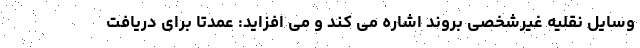
وسایل نقلیه غیرشخصی بروند اشاره می کند و می افزاید: عمدتا برای دریافت